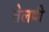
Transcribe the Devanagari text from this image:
तेलबी